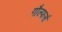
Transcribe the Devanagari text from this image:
गौल्फर्स